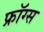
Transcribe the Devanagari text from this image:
फ्रॉग्स